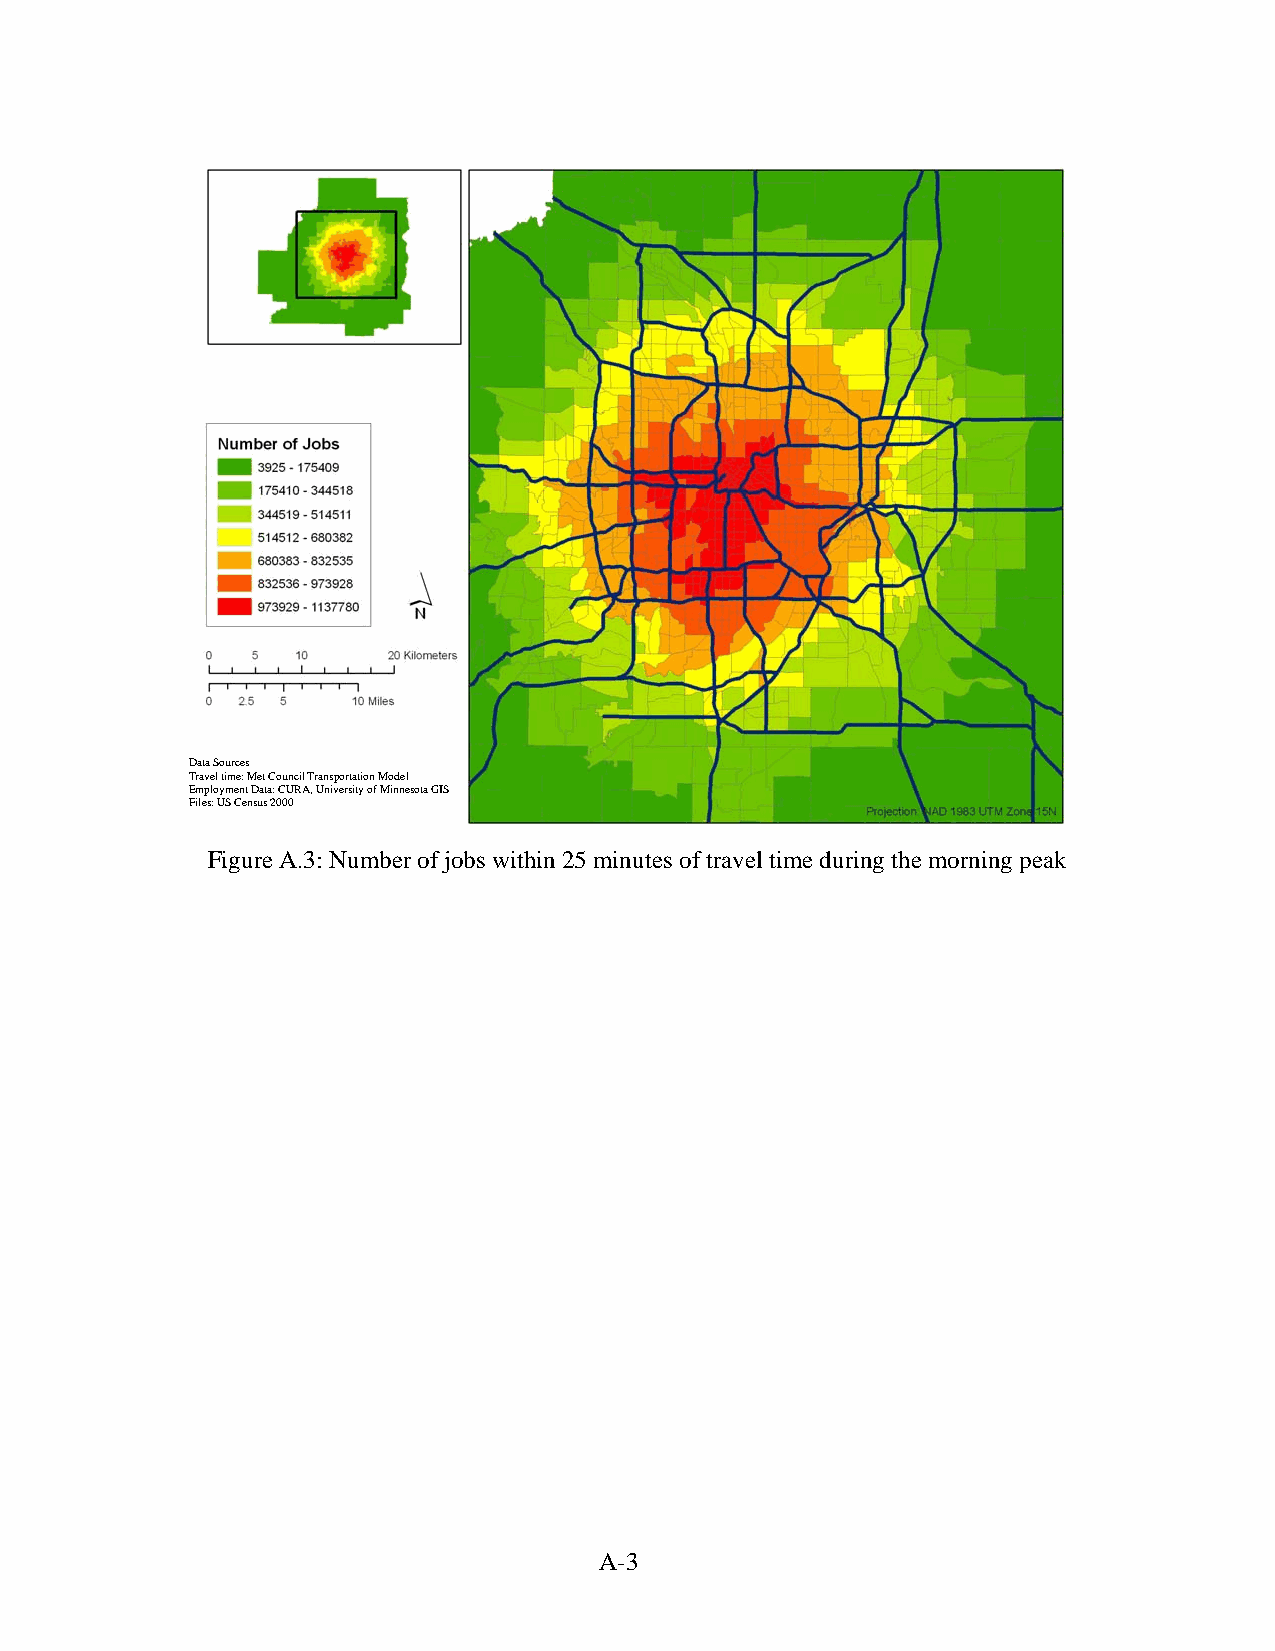
Data Sources
 Travel time: Met Council Transportation Model
 Employment Data: CURA, University of Minnesota GIS
 Files: US Census 2000
 Figure A.3: Number of jobs within 25 minutes of travel time during the morning peak
 A-3